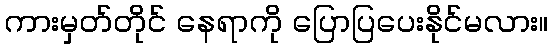
ကားမှတ်တိုင် နေရာကို ပြောပြပေးနိုင်မလား။